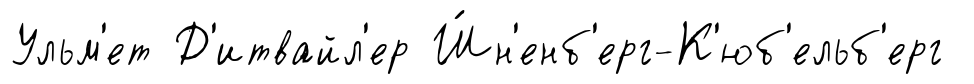
Ульм'ет Д'итвайл'ер Ш́н'енб'ерг-К'юб'ельб'ерг